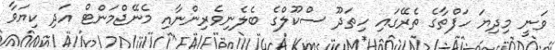
ވަނީ މިދިޔަ ހަފްތާގެ ތެރޭގައި ހިތަދޫ ސްކޫލްގެ ބެލެނިވެރިންނާއި މެނޭޖްމަންޓް އަދި ކިޔަވާ